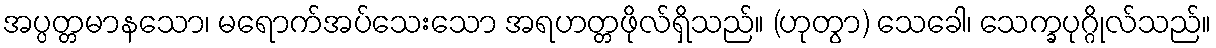
အပ္ပတ္တမာနသော၊ မရောက်အပ်သေးသော အရဟတ္တဖိုလ်ရှိသည်။ (ဟုတွာ) သေခေါ၊ သေက္ခပုဂ္ဂိုလ်သည်။